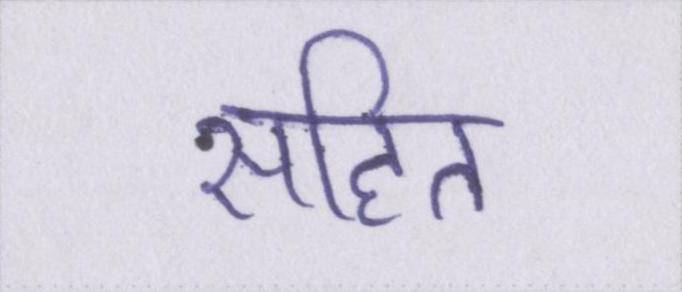
सहित